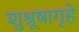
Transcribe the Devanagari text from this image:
शुश्रूषागृहे